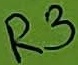
Text: R3